Report on lock hospitals in British Burma
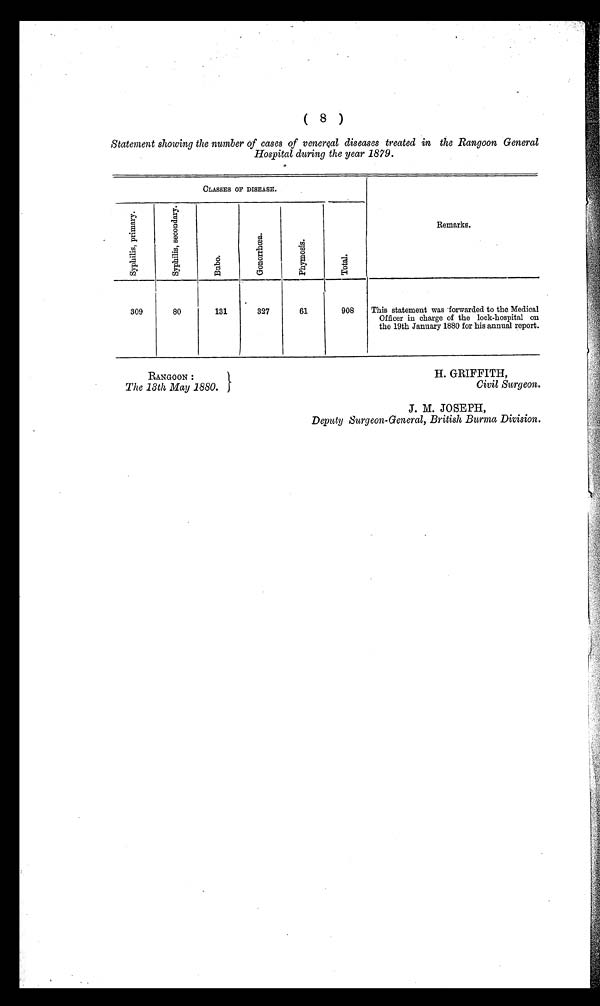
( 8 )
Statement showing the number of cases of venereal diseases treated in the Rangoon General
Hospital during the year 1879.
CLASSES OP DISEASE.
S y p h i l i s , P r i m a r y . S p y h i l i s , S e c o n d a r y .
B u b o .
G o n o r r h œ a . P h y m o s i s .
T o t a l .
Remarks.
309
80
131
327
61
908
This statement was forwarded to the Medical
.Officer in charge of the lock-hospital.on
.the 19th January 1880 for his annual report.
RANGOON:
The 13th May 1880.
Civil Surgeon.
J. M. JOSEPH,
Deputy Surgeon-General, British Burma Division.